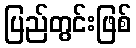
ပြည်တွင်းဖြစ်